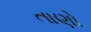
તાણો